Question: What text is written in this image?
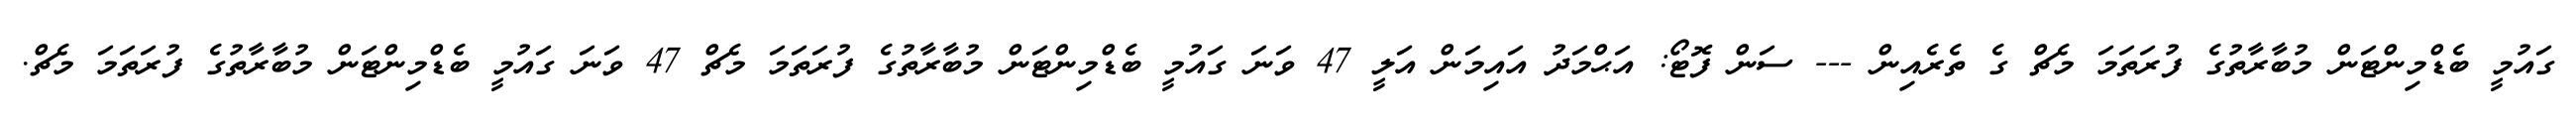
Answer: ގައުމީ ބެޑްމިންޓަން މުބާރާތުގެ ފުރަތަމަ މެޗް ގެ ތެރެއިން --- ސަން ފޮޓޯ: އަޙްމަދު އައިމަން އަލީ 47 ވަނަ ގައުމީ ބެޑްމިންޓަން މުބާރާތުގެ ފުރަތަމަ މެޗް 47 ވަނަ ގައުމީ ބެޑްމިންޓަން މުބާރާތުގެ ފުރަތަމަ މެޗް.